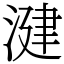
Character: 湕